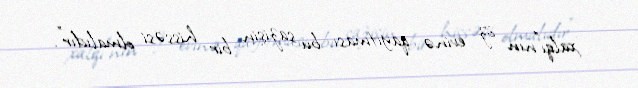
xalqı"nın öz evinə qayıtması bu sazişin bir hissəsi olmalıdır".